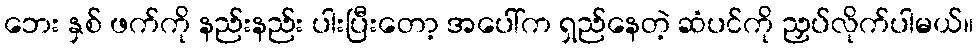
ဘေး နှစ် ဖက်ကို နည်းနည်း ပါးပြီးတော့ အပေါ်က ရှည်နေတဲ့ ဆံပင်ကို ညှပ်လိုက်ပါမယ်။